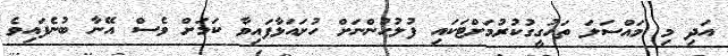
އަދި މި މައްސަލަ ތަހުގީގުކުރުމަށްޓަކައި ފުލުހުންނަށް ހުށައަޅާފައިވާ ކަމަށް ވެސް އޭނާ ބުނެފައިވެ